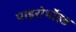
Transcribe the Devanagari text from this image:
पाइरोर्थोइड